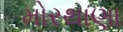
મોરથાણા